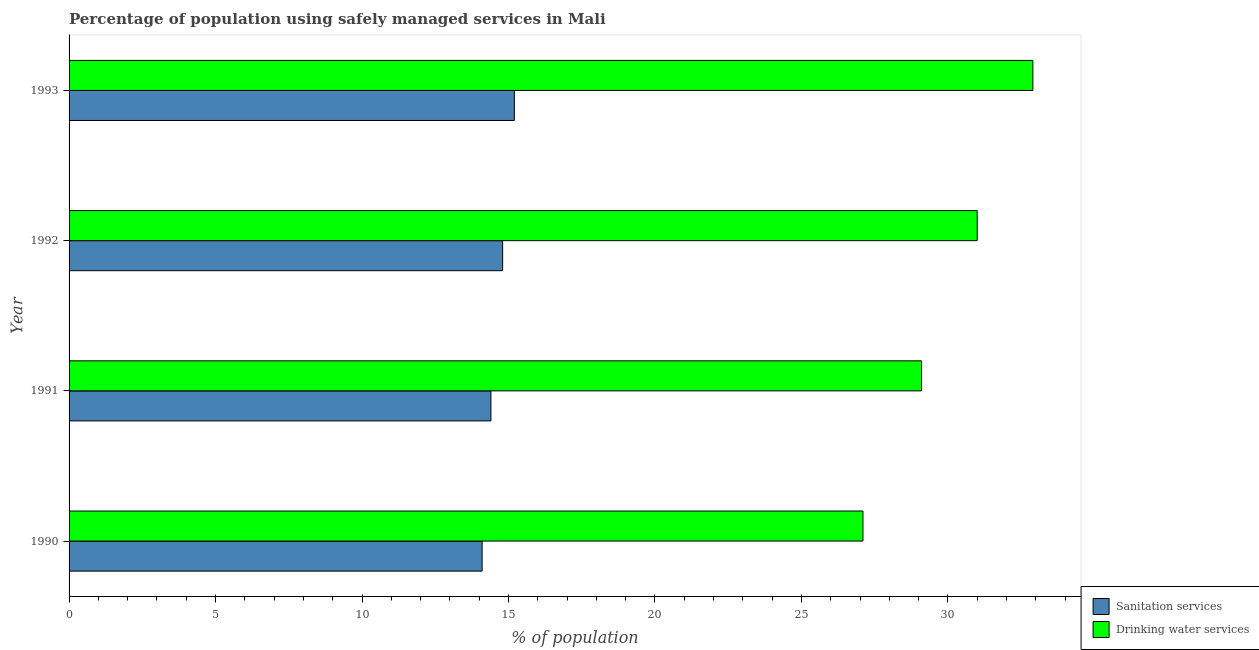
| Year | Sanitation services | Drinking water services |
 | --- | --- | --- |
 | 1990 | 14.1 | 27.1 |
 | 1991 | 14.4 | 29.1 |
 | 1992 | 14.8 | 31 |
 | 1993 | 15.2 | 32.9 |